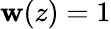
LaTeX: \mathbf{w}(z)=1